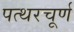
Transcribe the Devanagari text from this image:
पत्थरचूर्ण